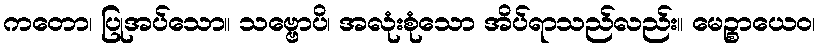
ကတော၊ ပြုအပ်သော။ သဗ္ဗောပိ၊ အလုံးစုံသော အိပ်ရာသည်လည်း။ မေဉ္စာယေဝ၊